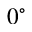
0 ^ { \circ }